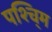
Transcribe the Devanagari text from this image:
पश्चि्म